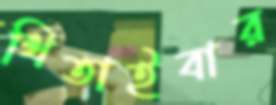
থিতাইবার